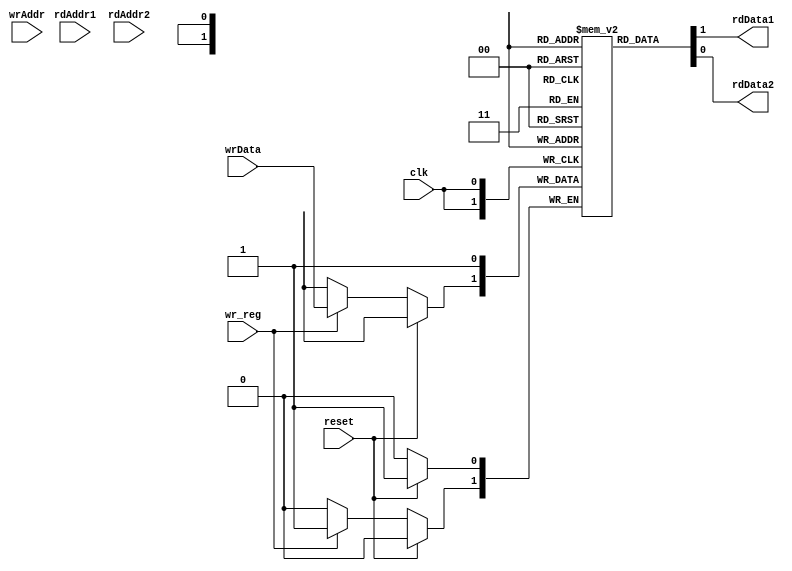
module reg_file#(
		 parameter WIDTH = 1, 
		 parameter DEPTH = 1,
		 parameter ADDR_WIDTH = $clog2(DEPTH),
		 parameter TYPE = 1
		 )(		
				input 		       clk,
				input 		       reset,
				input 		       wr_reg,
        			input [WIDTH-1:0]      wrData,
				input [ADDR_WIDTH-1:0] wrAddr,
				input [ADDR_WIDTH-1:0] rdAddr1,
				input [ADDR_WIDTH-1:0] rdAddr2,
			//	input [TYPE_WIDTH-1:0] reg_type,
				output reg [WIDTH-1:0] rdData1,
				output reg [WIDTH-1:0] rdData2
				);

   reg [WIDTH-1:0] 				       register [DEPTH];
   integer 					       i;

  // reg [TYPE_WIDTH-1:0] 			       reg_type;
   

   
   /*
    * generate
   if (TYPE_WIDTH == 1)
     reg_type <= 1;
   else if (TYPE_WIDTH == 2)
     reg_type <= 2;
   else if (TYPE_WIDTH == 3)
     reg_type <= 3;
   else
     reg_type <= 0;
   endgenerate
    */
   

   always @(*)
     begin
	rdData1 = register[rdAddr1];
	rdData2 = register[rdAddr2];
     end

   always @(posedge clk)
     if(reset)
     //  reg_type = 0;
       begin
	  if(TYPE == 1)
	    begin
	  for (i=0;i<DEPTH;i++)
	    register[i] <= 16'hffff;
	    end
	  else if(TYPE == 2)
	    begin
	     	  for (i=0;i<DEPTH;i++)
		    register[i] <= 2'h1;  
	    end
	  else if(TYPE == 3)
	    begin
	     	  for (i=0;i<DEPTH;i++)
		    register[i] <= 0;  
	    end
	  
       end // if (reset)
     else if(wr_reg)
       register[wrAddr] <= wrData;
   
endmodule